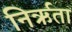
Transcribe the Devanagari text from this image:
निर्ऋता